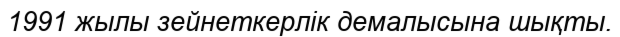
1991 жылы зейнеткерлік демалысына шықты.